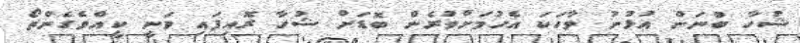
ޝުހާ ބުނަން އުޅުނު ވާހަކަ އެހުމަށްވުރެން ބޮޑަށް ޝުހާ ރޮއިފައި ވަނީ ކީއްވެގެންތޯ